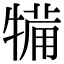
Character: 犕